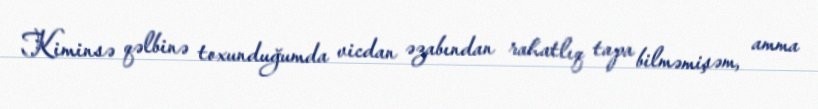
Kiminsə qəlbinə toxunduğumda vicdan əzabından rahatlıq tapa bilməmişəm, amma